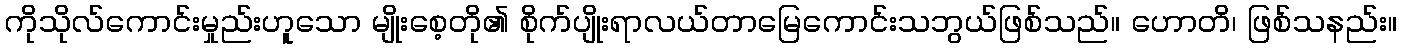
ကိုသိုလ်ကောင်းမှုည်းဟူသော မျိုးစေ့တို၏ စိုက်ပျိုးရာလယ်တာမြေကောင်းသဘွယ်ဖြစ်သည်။ ဟောတိ၊ ဖြစ်သနည်း။